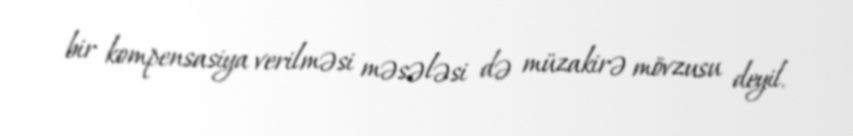
bir kompensasiya verilməsi məsələsi də müzakirə mövzusu deyil.